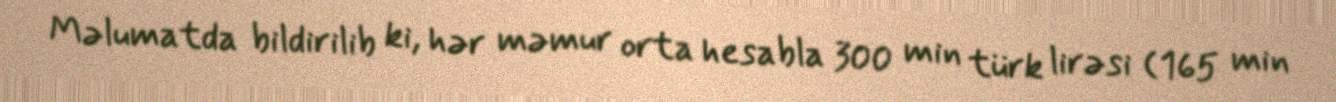
Məlumatda bildirilib ki, hər məmur orta hesabla 300 min türk lirəsi (165 min